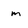
Character: m